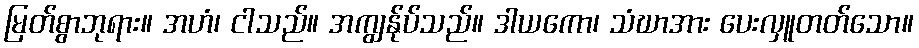
မြတ်စွာဘုရား။ အဟံ၊ ငါသည်။ အကျွန်ုပ်သည်။ ဒါယကော၊ သံဃာအား ပေးလှူတတ်သော။